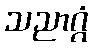
သညာဂ္ဂံ